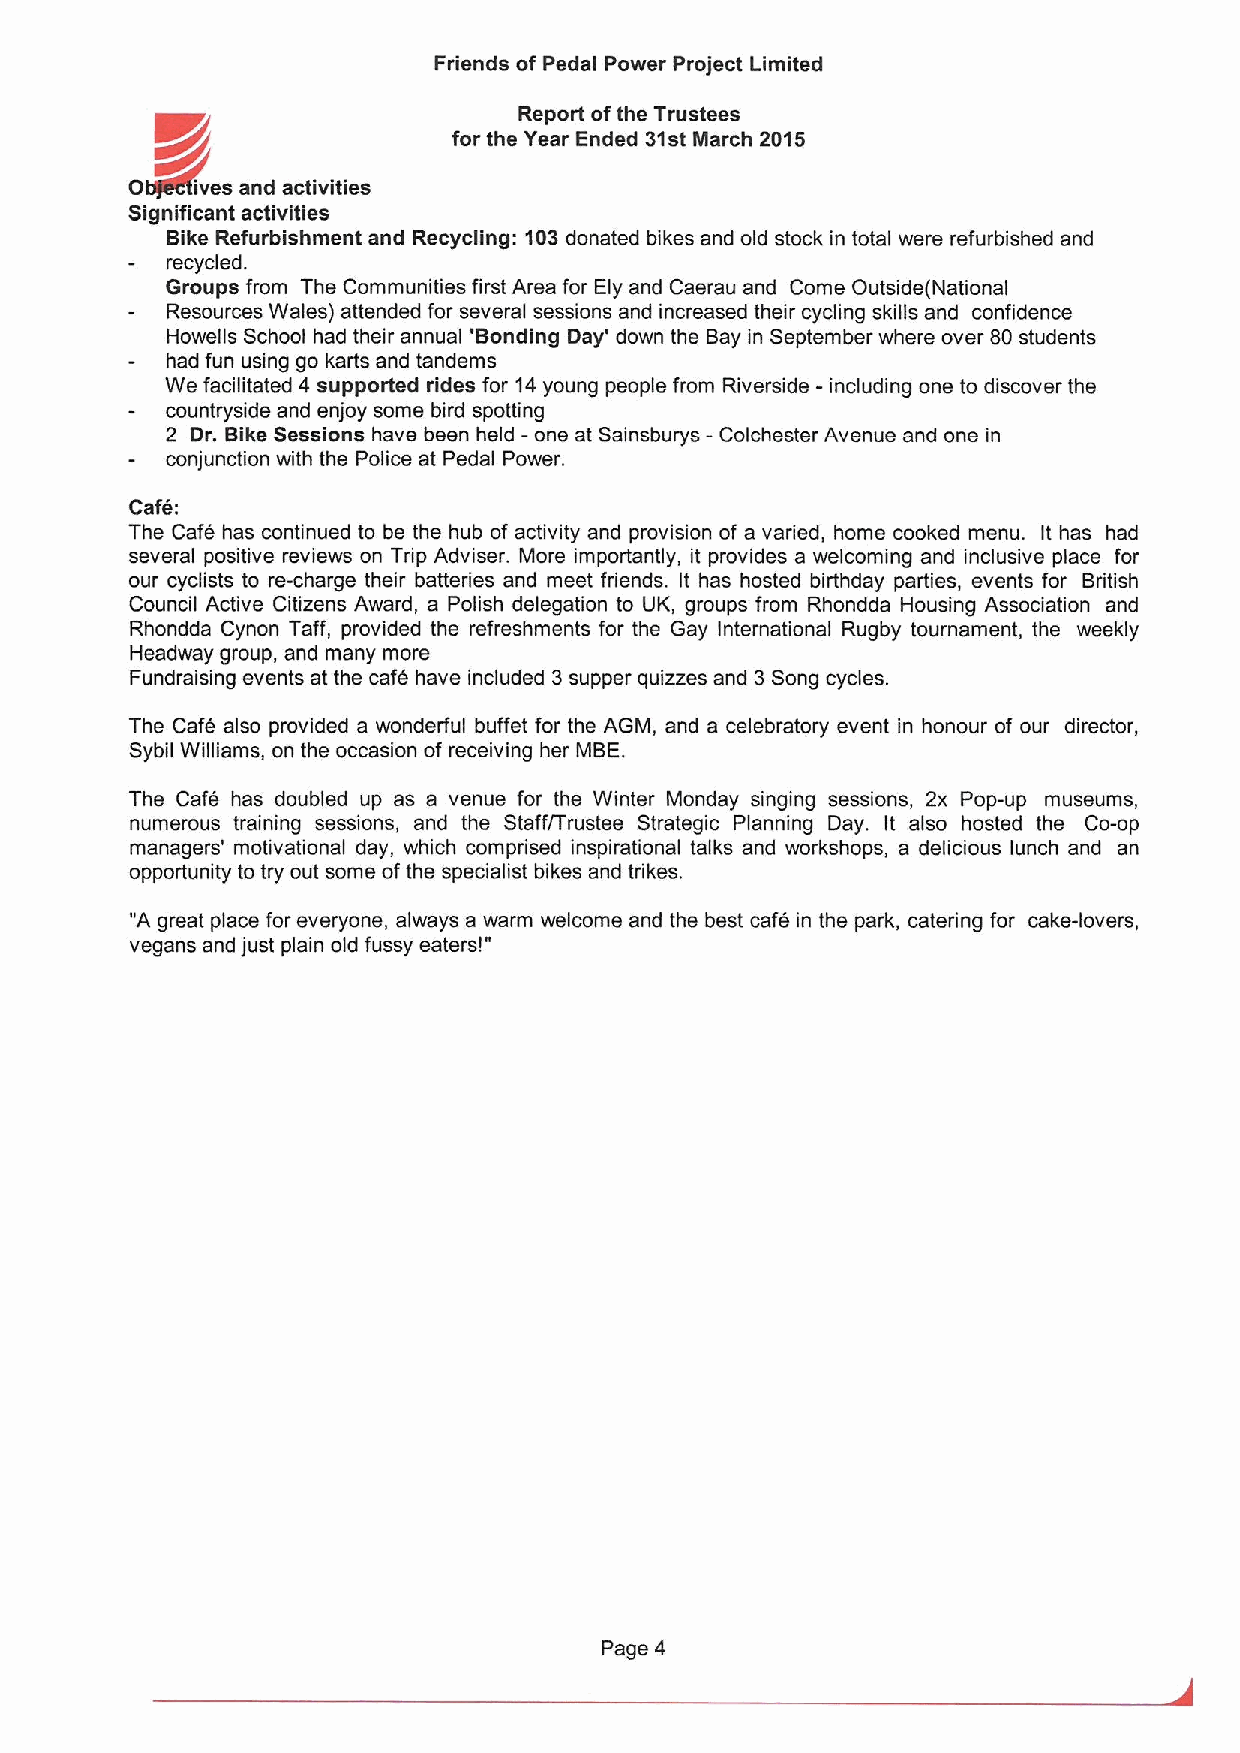
Friends of Pedal Power Project Limited
 Report ofthe Trustees
 &r~                 for the Year Ended 31st March 2015
 0
 ives and activities
 Significant activities
 Bike Refurbishment and Recycling: 103donated bikes and old stock in total were refurbished and
 recycled.
 Groups from The Communities first Area for Ely and Caerau and Come Outside(National
 Resources Wales) attended for several sessions and increased their cycling skills and confidence
 Howells School had their annual 'Bonding Day' down the Bay in September where over 80students
 had fun using go karts and tandems
 We facilitated 4 supported rides for 14young people from Riverside - including one to discover the
 countryside and enjoy some bird spotting
 2 Dr. Bike Sessions have been held - one at Sainsburys- Colchester Avenue and one in
 conjunction with the Police at Pedal Power.
 Cafe:
 The Cafe has continued to be the hub of activity and provision of a varied, home cooked menu. It has had
 several positive reviews on Trip Adviser. More importantly, it provides a welcoming and inclusive place for
 our cyclists to re-charge their batteries and meet friends. It has hosted birthday parties, events for British
 Council Active Citizens Award, a Polish delegation to UK, groups from Rhondda Housing Association and
 Rhondda Cynon Taff, provided the refreshments for the Gay International Rugby tournament, the weekly
 Headway group, and many more
 Fundraising events at the cafe have included 3supper quizzes and 3Song cycles.
 The Cafe also provided a wonderful buffet for the AGM, and a celebratory event in honour of our director,
 Sybil Williams, on the occasion of receiving her MBE.
 The Cafe has doubled up as a venue for the Winter Monday singing sessions, 2x Pop-up museums,
 numerous training sessions, and the Staff/Trustee Strategic Planning Day. It also hosted the Co-op
 managers' motivational day, which comprised inspirational talks and workshops, a delicious lunch and an
 opportunity to try out some ofthe specialist bikes and trikes.
 "A great place for everyone, always a warm welcome and the best cafe in the park, catering for cake-lovers,
 vegans and just plain old fussy eatersl"
 Page 4